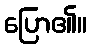
ပြော၏။